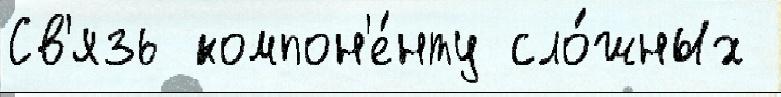
Св'язь компон'е́нту сло́жных